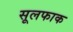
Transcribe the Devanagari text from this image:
सूलफाक